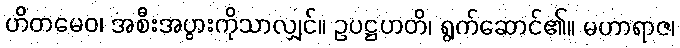
ဟိတမေဝ၊ အစီးအပွားကိုသာလျှင်။ ဥပဋ္ဌဟတိ၊ ရွက်ဆောင်၏။ မဟာရာဇ၊